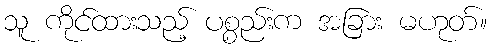
သူ ကိုင်ထားသည့် ပစ္စည်းက အခြား မဟုတ်။